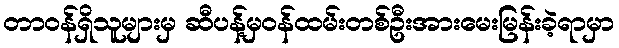
တာဝန်ရှိသူများမှ ဆီပန့်မှဝန်ထမ်းတစ်ဦးအားမေးမြန်းခဲ့ရာမှာ